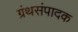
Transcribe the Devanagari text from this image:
ग्रंथसंपादक